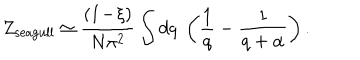
Z _ { \mathrm { s e a g u l l } } \simeq \frac { ( 1 \! - \! \xi ) } { N \pi ^ { 2 } } \int d q \; \left( \frac { 1 } { q } - \frac { 1 } { q + \alpha } \right) .